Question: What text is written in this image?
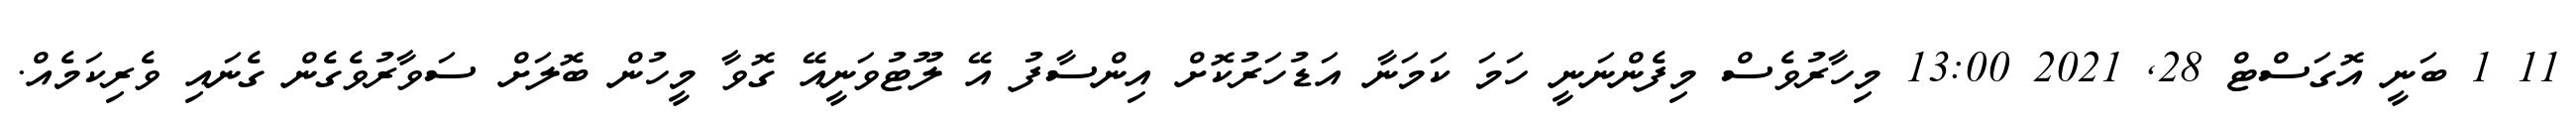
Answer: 11 1 ބަނީ އޮގަސްޓް 28, 2021 13:00 މިހާރުވެސް މިފެންނަނީ ހަމަ ކަމަނާ އަޑުހަރުކޮށް އިންސާފު އޭ ލޫޓުވަނީއޭ ގޮވާ މީހުން ބޮލަށް ސަވާރުވެގެން ގެނައި ވެރިކަމެއް.